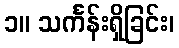
၁။ သင်္ကန်းရှိခြင်း၊